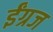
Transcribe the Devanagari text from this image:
ईंग्रज